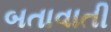
બતાવાતી